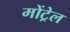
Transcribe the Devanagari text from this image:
मोंट्रेल